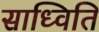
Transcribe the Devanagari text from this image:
साध्विति